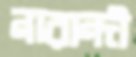
নারান্দী